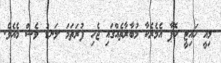
މިއީ ހައިޓީ ކޮޕާ އެމެރެކާ މުބާރާތެއްގައި ޖެހި ފުރަތަމަ ލަނޑު ވެސް މެއެވެ.